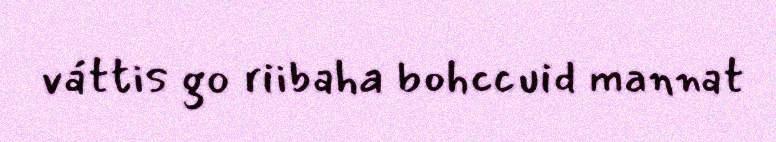
váttis go riibaha bohccuid mannat